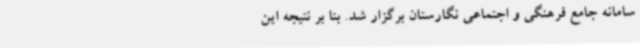
سامانه جامع فرهنگی و اجتماعی نگارستان برگزار شد. بنا بر نتیجه این